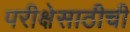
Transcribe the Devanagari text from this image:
परीक्षेसाठीची